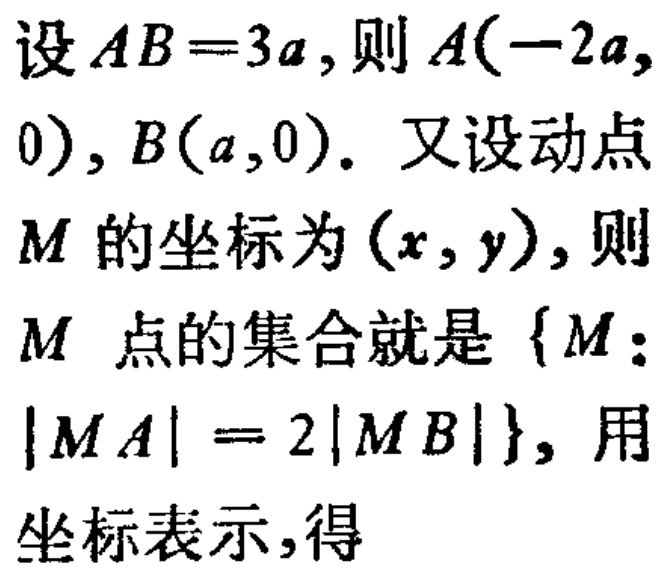
设\(AB = 3a\)，则\(A(-2a,0)\)，\(B(a,0)\)。又设动点\(M\)的坐标为\((x,y)\)，则\(M\)点的集合就是\(\{M:\vert MA\vert = 2\vert MB\vert\}\)，用坐标表示，得